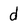
Character: d